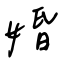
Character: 婚